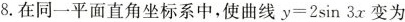
8.在同一平面直角坐标系中，使曲线$$y = 2 s i n 3 x$$变为